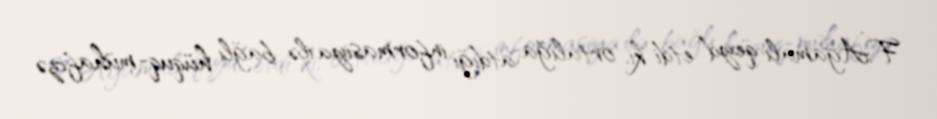
F.Ağamalı qeyd etdi ki, ortalığa atdığı informasiya ilə bağlı hüquq-mühafizə